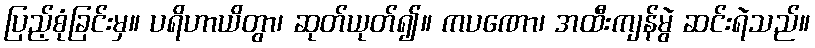
ပြည့်စုံခြင်းမှ။ ပရိဟာယိတွာ၊ ဆုတ်ယုတ်၍။ ကပဏော၊ အထီးကျန်မွဲ ဆင်းရဲသည်။